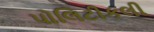
પોલિટીકલી